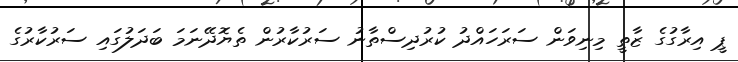
ޕީ އިރާގުގެ ޒާތީ މިނިވަން ސަރަހައްދު ކުރުދިސްތާނު ސަރުކާރުން ތެޔޮދޭނަމަ ބަދަލުގައި ސަރުކާރުގެ